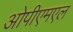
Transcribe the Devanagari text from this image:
ओपीएमएल